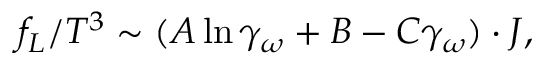
f _ { L } / T ^ { 3 } \sim ( A \ln \gamma _ { \omega } + B - C \gamma _ { \omega } ) \cdot J ,